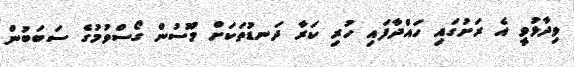
ވިދާޅުވީ އެ ރަށުގައި ހައްދާފައި ހުރި ކަރާ ދަނޑުތަކަށް މޫސުން ގޯސްވުމުގެ ސަބަބުން